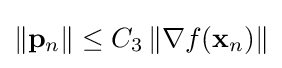
\|\mathbf {p} _{n}\|\leq C_{3}\,\|\nabla f(\mathbf {x} _{n})\|